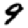
Digit: 9